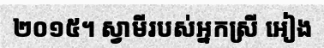
២០១៥។ ស្វាមីរបស់អ្នកស្រី អៀង